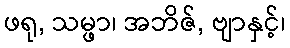
ဖရု, သမ္ဖာ၊ အဘိဇ်, ဗျာနှင့်၊